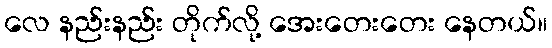
လေ နည်းနည်း တိုက်လို့ အေးတေးတေး နေတယ်။